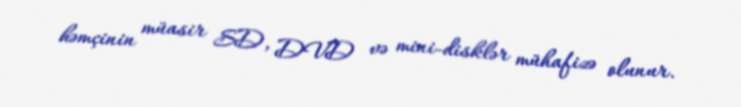
həmçinin müasir SD, DVD və mini-disklər mühafizə olunur.